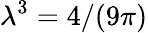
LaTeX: \lambda^{3}=4/(9\pi)